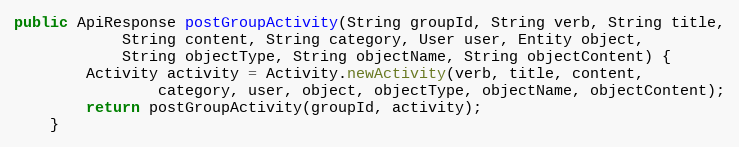
Language: Java
public ApiResponse postGroupActivity(String groupId, String verb, String title,
            String content, String category, User user, Entity object,
            String objectType, String objectName, String objectContent) {
        Activity activity = Activity.newActivity(verb, title, content,
                category, user, object, objectType, objectName, objectContent);
        return postGroupActivity(groupId, activity);
    }